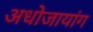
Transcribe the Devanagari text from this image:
अधोजायांग